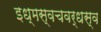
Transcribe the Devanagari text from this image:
इध्मस्वचवर्धस्व